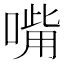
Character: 𠹮